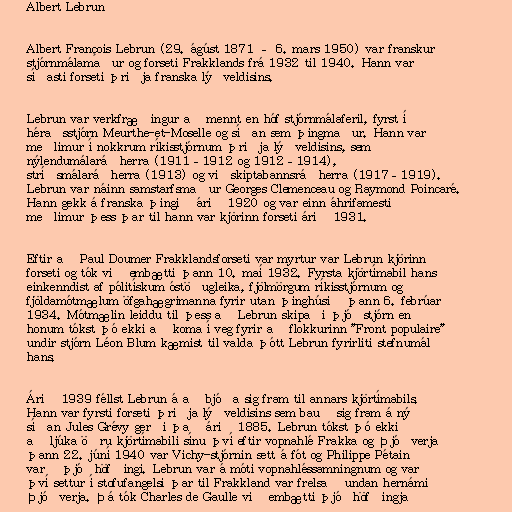
Albert Lebrun

Albert François Lebrun (29. ágúst 1871 – 6. mars 1950) var franskur
stjórnmálamaður og forseti Frakklands frá 1932 til 1940. Hann var
síðasti forseti þriðja franska lýðveldisins.

Lebrun var verkfræðingur að mennt en hóf stjórnmálaferil, fyrst í
héraðsstjórn Meurthe-et-Moselle og síðan sem þingmaður. Hann var
meðlimur í nokkrum ríkisstjórnum þriðja lýðveldisins, sem
nýlendumálaráðherra (1911–1912 og 1912–1914),
stríðsmálaráðherra (1913) og viðskiptabannsráðherra (1917–1919).
Lebrun var náinn samstarfsmaður Georges Clemenceau og Raymond Poincaré.
Hann gekk á franska þingið árið 1920 og var einn áhrifamesti
meðlimur þess þar til hann var kjörinn forseti árið 1931.

Eftir að Paul Doumer Frakklandsforseti var myrtur var Lebrun kjörinn
forseti og tók við embætti þann 10. maí 1932. Fyrsta kjörtímabil hans
einkenndist af pólitískum óstöðugleika, fjölmörgum ríkisstjórnum og
fjöldamótmælum öfgahægrimanna fyrir utan þinghúsið þann 6. febrúar
1934. Mótmælin leiddu til þess að Lebrun skipaði þjóðstjórn en
honum tókst þó ekki að koma í veg fyrir að flokkurinn "Front populaire"
undir stjórn Léon Blum kæmist til valda þótt Lebrun fyrirliti stefnumál
hans.

Árið 1939 féllst Lebrun á að bjóða sig fram til annars kjörtímabils.
Hann var fyrsti forseti þriðja lýðveldisins sem bauð sig fram á ný
síðan Jules Grévy gerði það árið 1885. Lebrun tókst þó ekki
að ljúka öðru kjörtímabili sínu því eftir vopnahlé Frakka og Þjóðverja
þann 22. júní 1940 var Vichy-stjórnin sett á fót og Philippe Pétain
varð þjóðhöfðingi. Lebrun var á móti vopnahléssamningnum og var
því settur í stofufangelsi þar til Frakkland var frelsað undan hernámi
Þjóðverja. Þá tók Charles de Gaulle við embætti þjóðhöfðingja